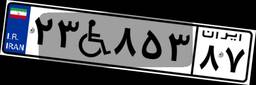
۹۴W۳۸۴۳۰